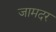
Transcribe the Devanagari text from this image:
जामदर